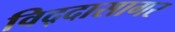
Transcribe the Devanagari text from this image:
विद्दासागर